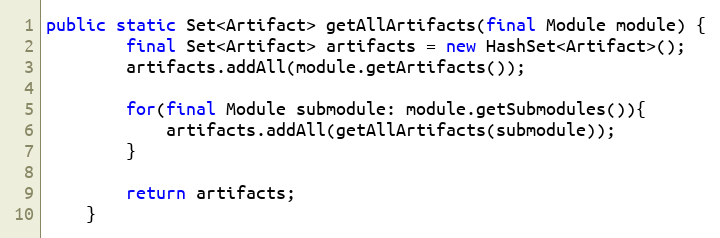
Language: Java
public static Set<Artifact> getAllArtifacts(final Module module) {
        final Set<Artifact> artifacts = new HashSet<Artifact>();
        artifacts.addAll(module.getArtifacts());

        for(final Module submodule: module.getSubmodules()){
            artifacts.addAll(getAllArtifacts(submodule));
        }

        return artifacts;
    }